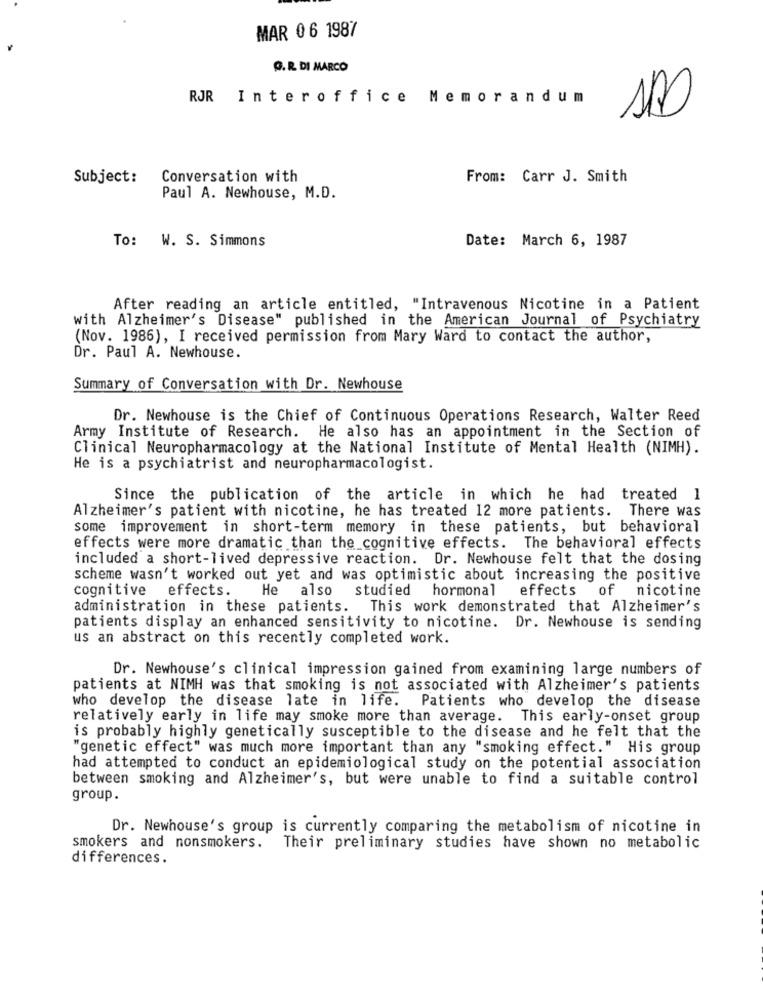
MAR 06 1987
Q. R. DI MARCO
RJR Interoffice Memorandum
Subject:
Conversation with
From: Carr J. Smith
Paul A. Newhouse, M.D.
To: W. S. Simmons
Date: March 6, 1987
After reading an article entitled, "Intravenous Nicotine in a Patient
with Alzheimer's Disease" published in the American Journal of Psychiatry
(Nov. 1986), I received permission from Mary Ward to contact the author,
Dr. Paul A. Newhouse.
Summary of Conversation with Dr. Newhouse
Dr. Newhouse is the Chief of Continuous Operations Research, Walter Reed
Army Institute of Research. He also has an appointment in the Section of
Clinical Neuropharmacology at the National Institute of Mental Health (NIMH).
He is a psychiatrist and neuropharmacologist.
Since the publication of the article in which he had treated 1
Alzheimer's patient with nicotine, he has treated 12 more patients. There was
some improvement in short-term memory in these patients, but behavioral
effects were more dramatic than the cognitive effects. The behavioral effects
included a short-lived depressive reaction. Dr. Newhouse felt that the dosing
scheme wasn't worked out yet and was optimistic about increasing the positive
cognitive effects.
He
also
studied hormonal effects
of nicotine
administration in these patients.
This work demonstrated that Alzheimer's
patients display an enhanced sensitivity to nicotine. Dr. Newhouse is sending
us an abstract on this recently completed work.
Dr. Newhouse's clinical impression gained from examining large numbers of
patients at NIMH was that smoking is not associated with Alzheimer's patients
who develop the disease late in life. Patients who develop the disease
relatively early in life may smoke more than average. This early-onset group
is probably highly genetically susceptible to the disease and he felt that the
"genetic effect" was much more important than any "smoking effect." His group
had attempted to conduct an epidemiological study on the potential association
between smoking and Alzheimer's, but were unable to find a suitable control
group.
Dr. Newhouse's group is currently comparing the metabolism of nicotine in
smokers and nonsmokers. Their preliminary studies have shown no metabolic
differences.